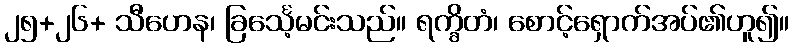
၂၅+၂၆+ သီဟေန၊ ခြင်္သေ့မင်းသည်။ ရက္ခိတံ၊ စောင့်ရှောက်အပ်၏ဟူ၍။